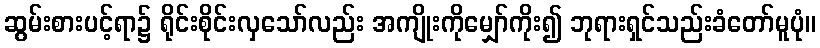
ဆွမ်းစားပင့်ရာ၌ ရိုင်းစိုင်းလှသော်လည်း အကျိုးကိုမျှော်ကိုး၍ ဘုရားရှင်သည်းခံတော်မူပုံ။